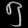
Digit: ၅